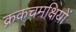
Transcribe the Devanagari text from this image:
क्रकचमक्षियों